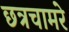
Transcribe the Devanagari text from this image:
छत्रचामरे